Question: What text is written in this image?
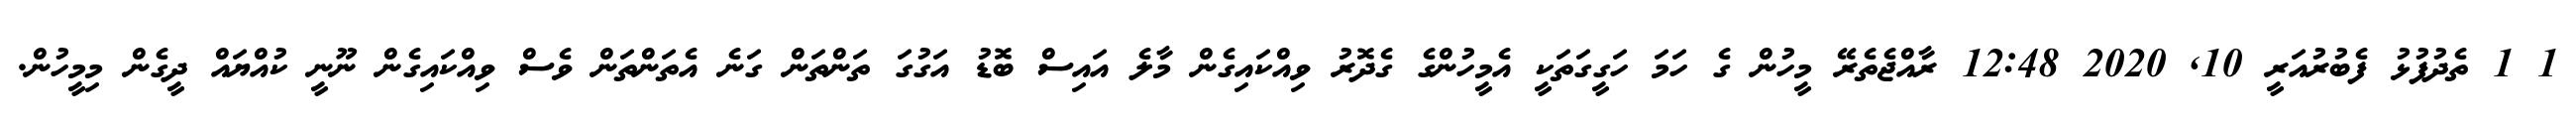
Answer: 1 1 ތެދުފުޅު ފެބުރުއަރީ 10, 2020 12:48 ރާއްޖެތެރޭ މީހުން ގެ ހަމަ ހަގީގަތަކީ އެމީހުންގެ ގެދޮރު ވިއްކައިގެން މާލެ އައިސް ބޮޑު އަގުގަ ތަންތަން ގަނެ އެތަންތަން ވެސް ވިއްކައިގެން ނޫނީ ކުއްޔައް ދީގެން މިމީހުން.